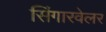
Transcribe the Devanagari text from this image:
सिंगारवेलर